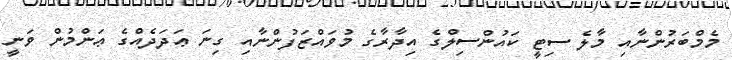
މެމްބަރުންނާއި މާލެ ސިޓީ ކައުންސިލްގެ އިދާރާގެ މުވައްޒަފުންނާއި ގިނަ ޢަދަދެއްގެ ޢަންމުން ވަނީ